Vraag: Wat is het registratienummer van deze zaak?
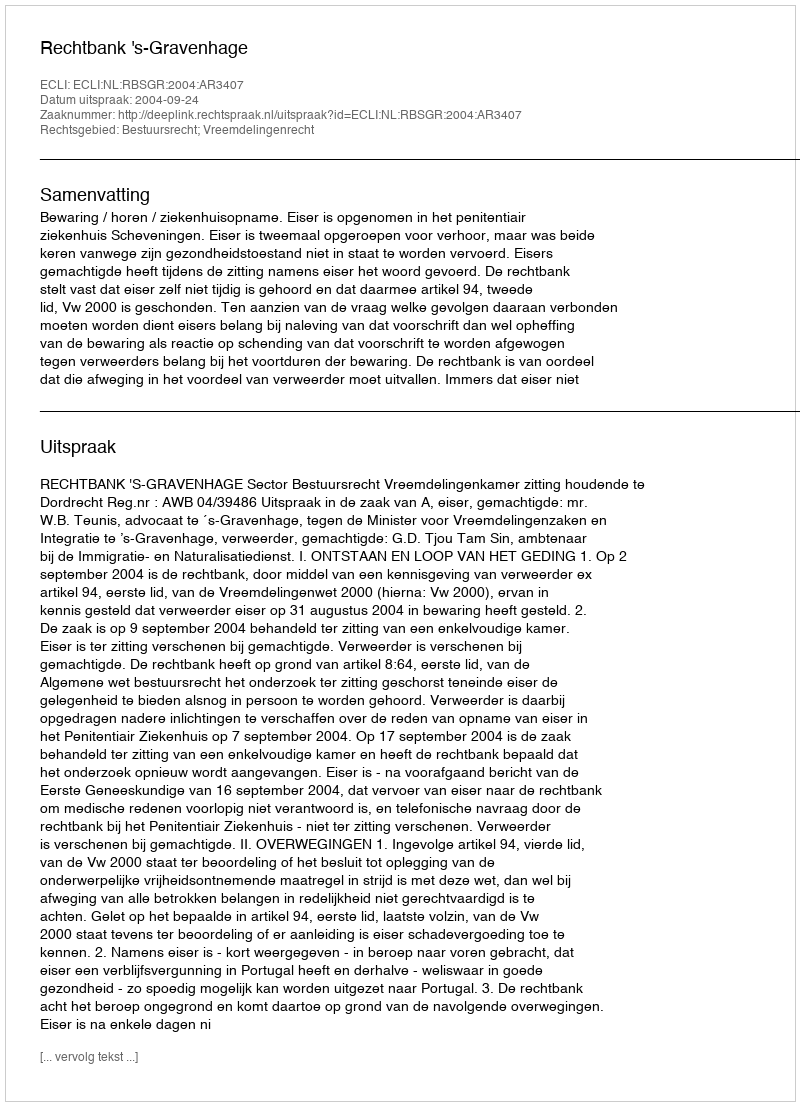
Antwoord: http://deeplink.rechtspraak.nl/uitspraak?id=ECLI:NL:RBSGR:2004:AR3407